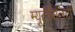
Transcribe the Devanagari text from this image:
म्यूटेबिलिटी